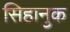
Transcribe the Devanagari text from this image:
सिहानुक